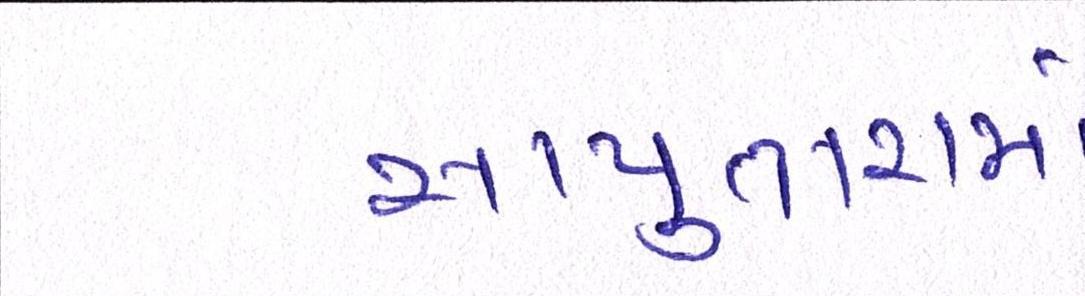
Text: સાપુતારામાં